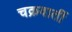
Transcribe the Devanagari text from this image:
चक्रवार्ती